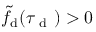
\tilde { f } _ { \mathrm { d } } ( \tau _ { \mathrm { ~ d ~ } } ) > 0